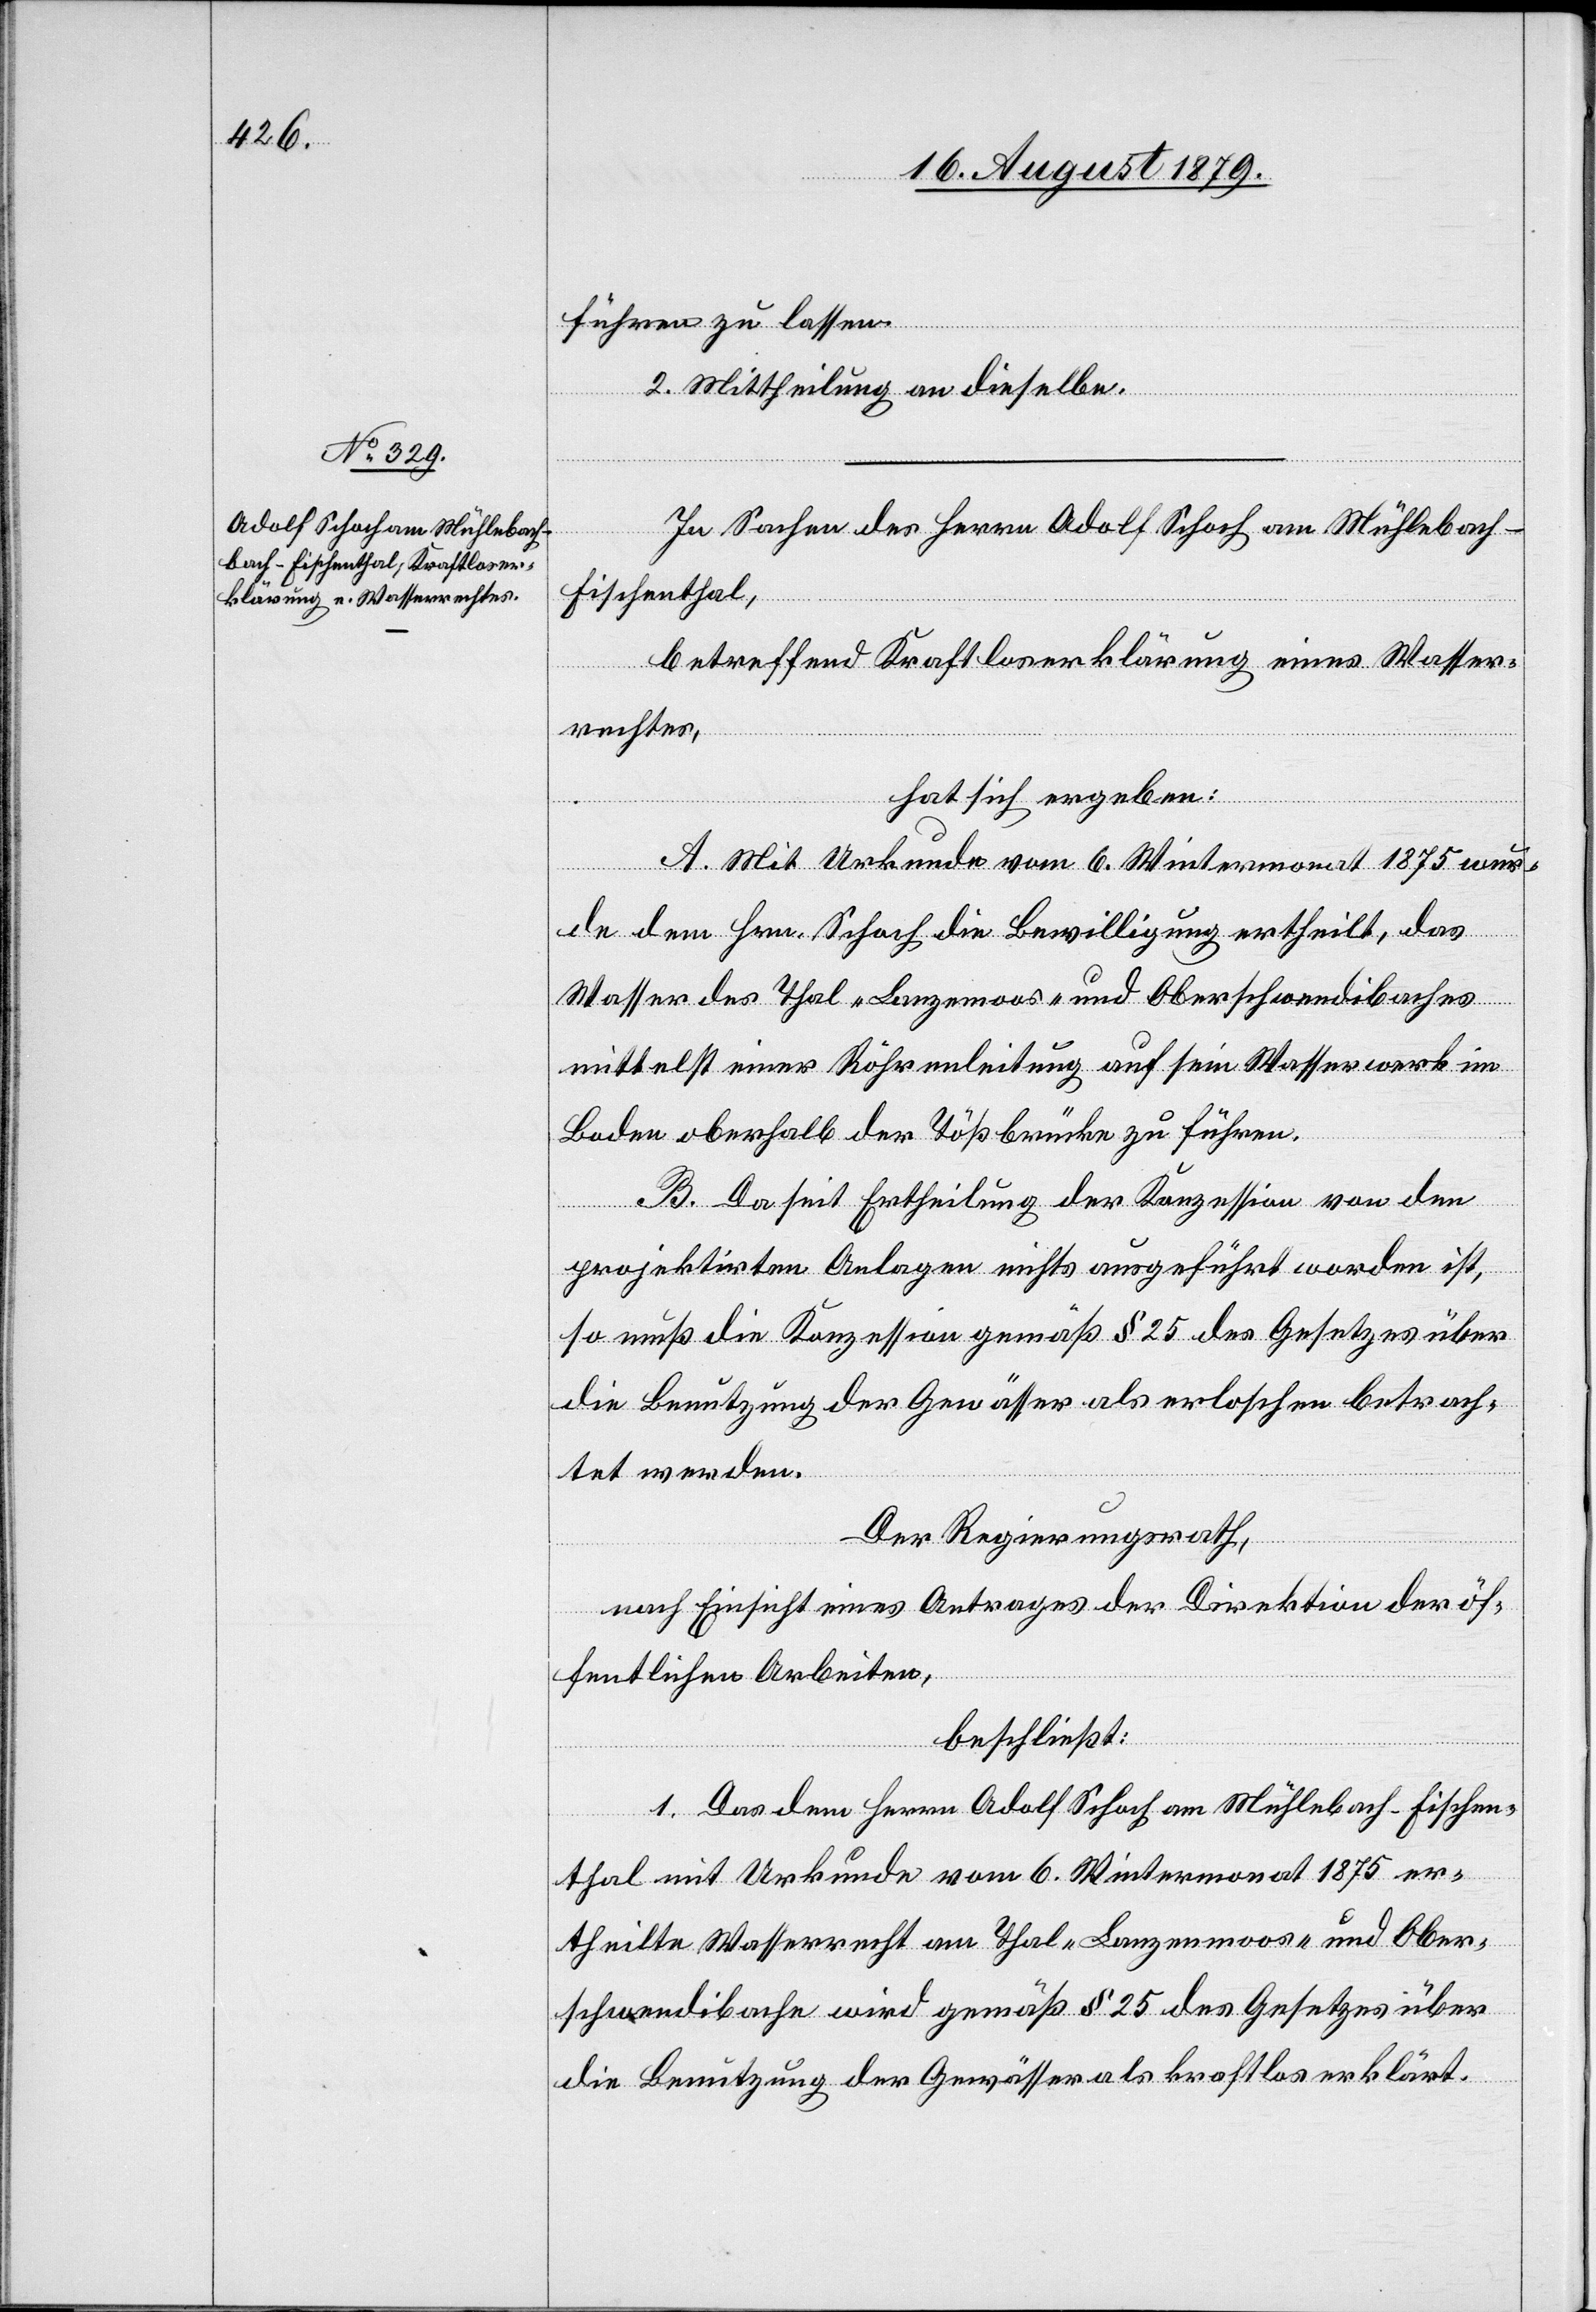
führen zu lassen.
2. Mittheilung an dieselbe.
In Sachen des Herrn Adolf Schoch am Mühlebach -
Fischenthal,
betreffend Krafloserklärung eines Wasser¬
rechtes,
hat sich ergeben:
A. Mit Urkunde vom 6. Wintermonat 1875 wur¬
de dem Hrn. Schoch die Bewilligung ertheilt, das
Wasser des Thal-[,] Langenmoos- und Oberschwendibaches
mittelst einer Röhrenleitung auf sein Wasserwerk im
Boden oberhalb der Tößbrücke zu führen.
B. Da seit Ertheilung der Konzession von den
projektirten Anlagen nichts ausgeführt worden ist,
so muß die Konzession gemäß § 25 des Gesetzes über
die Benutzung der Gewässer als erloschen betrach¬
tet werden.
Der Regierungsrath,
nach Einsicht eines Antrages der Direktion der öf¬
fentlichen Arbeiten,
beschließt:
1. Das dem Herrn Adolf Schoch am Mühlebach - Fischen¬
thal mit Urkunde vom 6. Wintermonat 1875 er¬
theilte Wasserrecht am Thal-[,] Langenmoos- und Ober¬
schwendibache wird gemäß § 25 des Gesetzes über
die Benutzung der Gewässer als kraflos erklärt.